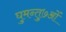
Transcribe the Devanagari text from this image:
घुमन्तु७ओं